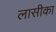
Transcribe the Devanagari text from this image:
लासीका